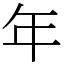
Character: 年